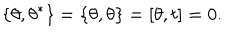
\{ \theta , \theta ^ { \ast } \} = \{ \theta , \theta \} = [ \theta , t ] = 0 .